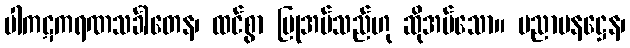
ပါကဋကရဏသင်္ခါတေန၊ ထင်စွာ ပြုအပ်သည်ဟု ဆိုအပ်သော။ ပညာပနဋ္ဌေန၊